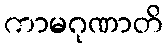
ကာမဂုဏာတိ